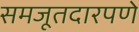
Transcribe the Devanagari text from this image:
समजूतदारपणे